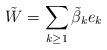
LaTeX: \begin{align*}\tilde{W}=\sum_{k\geq1}\tilde{\beta}_k e_k\end{align*}